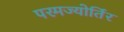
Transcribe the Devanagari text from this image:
परमज्‍योर्तिर